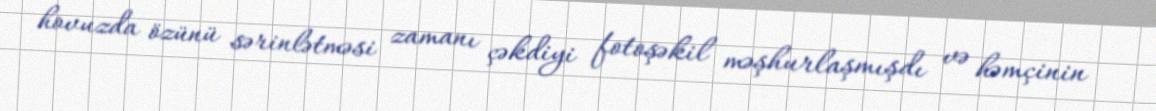
hovuzda özünü sərinlətməsi zamanı çəkdiyi fotoşəkil məşhurlaşmışdı və həmçinin